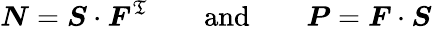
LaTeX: {\boldsymbol{N}}={\boldsymbol{S}}\cdot{\boldsymbol{F}}^{\mathfrak{T}}\qquad{\mathrm{{and}}}\qquad{\boldsymbol{P}}={\boldsymbol{F}}\cdot{\boldsymbol{S}}